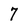
Character: 7